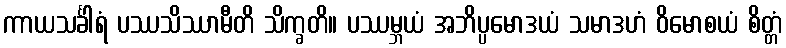
ကာယသင်္ခါရံ ပဿသိဿာမီတိ သိက္ခတိ။ ပဿမ္ဘယံ အဘိပ္ပမောဒယံ သမာဒဟံ ဝိမောစယံ စိတ္တံ